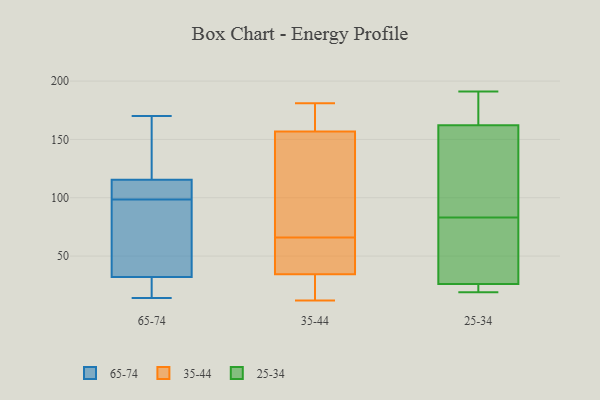
{"axis": {"x": "Page Views", "y": "Value"}, "legend": ["25-34", "35-44", "65-74"], "data": [{"x": "", "y": 113, "type": "65-74"}, {"x": "", "y": 26, "type": "65-74"}, {"x": "", "y": 62, "type": "65-74"}, {"x": "", "y": 160, "type": "65-74"}, {"x": "", "y": 98, "type": "65-74"}, {"x": "", "y": 27, "type": "65-74"}, {"x": "", "y": 115, "type": "65-74"}, {"x": "", "y": 170, "type": "65-74"}, {"x": "", "y": 99, "type": "65-74"}, {"x": "", "y": 116, "type": "65-74"}, {"x": "", "y": 14, "type": "65-74"}, {"x": "", "y": 37, "type": "65-74"}, {"x": "", "y": 28, "type": "35-44"}, {"x": "", "y": 39, "type": "35-44"}, {"x": "", "y": 12, "type": "35-44"}, {"x": "", "y": 15, "type": "35-44"}, {"x": "", "y": 181, "type": "35-44"}, {"x": "", "y": 167, "type": "35-44"}, {"x": "", "y": 33, "type": "35-44"}, {"x": "", "y": 157, "type": "35-44"}, {"x": "", "y": 145, "type": "35-44"}, {"x": "", "y": 180, "type": "35-44"}, {"x": "", "y": 47, "type": "35-44"}, {"x": "", "y": 66, "type": "35-44"}, {"x": "", "y": 39, "type": "35-44"}, {"x": "", "y": 70, "type": "35-44"}, {"x": "", "y": 156, "type": "35-44"}, {"x": "", "y": 191, "type": "25-34"}, {"x": "", "y": 24, "type": "25-34"}, {"x": "", "y": 175, "type": "25-34"}, {"x": "", "y": 26, "type": "25-34"}, {"x": "", "y": 46, "type": "25-34"}, {"x": "", "y": 28, "type": "25-34"}, {"x": "", "y": 183, "type": "25-34"}, {"x": "", "y": 19, "type": "25-34"}, {"x": "", "y": 26, "type": "25-34"}, {"x": "", "y": 158, "type": "25-34"}, {"x": "", "y": 144, "type": "25-34"}, {"x": "", "y": 155, "type": "25-34"}, {"x": "", "y": 83, "type": "25-34"}]}